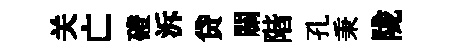
关亡磴泝贷關階孔秉陇